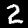
Digit: 2